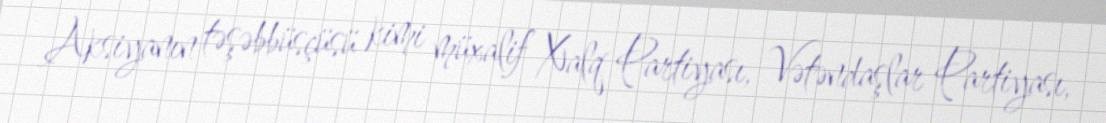
Aksiyanın təşəbbüsçüsü kimi müxalif Xalq Partiyası, Vətəndaşlar Partiyası,